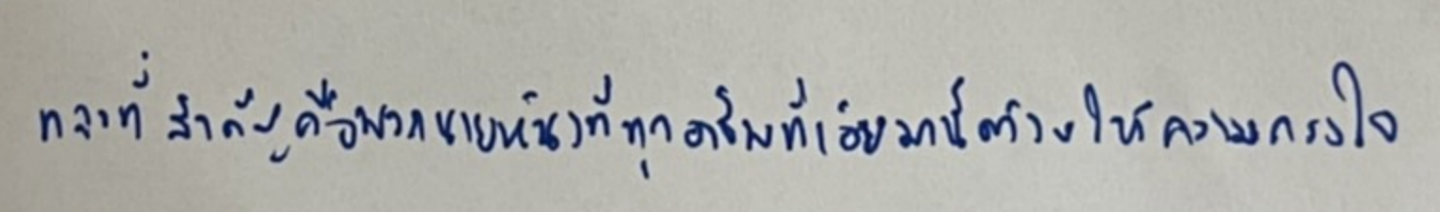
และที่สำคัญคือพวกนายหน้าที่ทุกอาชีพที่เอ่ยมานี้ต่างให้ความเกรงใจ